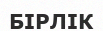
БІРЛІК